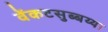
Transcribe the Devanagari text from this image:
वेंकटसुब्बय्या